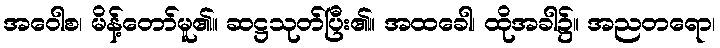
အဝေါစ၊ မိန့်တော်မူ၏။ ဆဋ္ဌသုတ်ပြီး၏။ အထခေါ၊ ထိုအခါ၌။ အညတရော၊